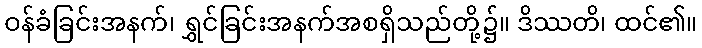
ဝန်ခံခြင်းအနက်၊ ရွှင်ခြင်းအနက်အစရှိသည်တို့၌။ ဒိဿတိ၊ ထင်၏။